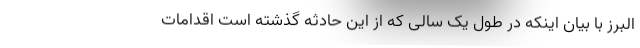
البرز با بیان اینکه در طول یک سالی که از این حادثه گذشته است اقدامات